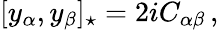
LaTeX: [y_{\alpha},y_{\beta}]_{\star}=2iC_{\alpha\beta}\, ,